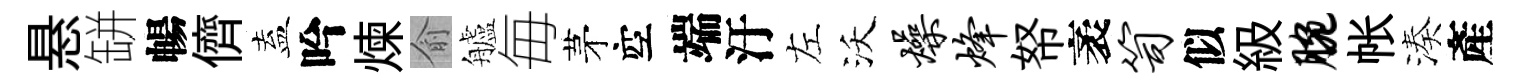
悬缾暢儕盍吟煉俞艫毎茅空端汙左沃燥烽帑袤笥似級腕帐湊產